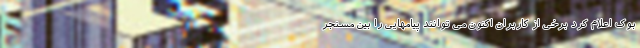
بوک اعلام کرد برخی از کاربران اکنون می توانند پیامهایی را بین مسنجر